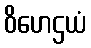
ဝိဟေဌယံ